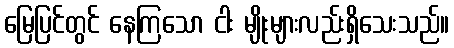
မြေပြင်တွင် နေကြသော ငါး မျိုးများလည်းရှိသေးသည်။